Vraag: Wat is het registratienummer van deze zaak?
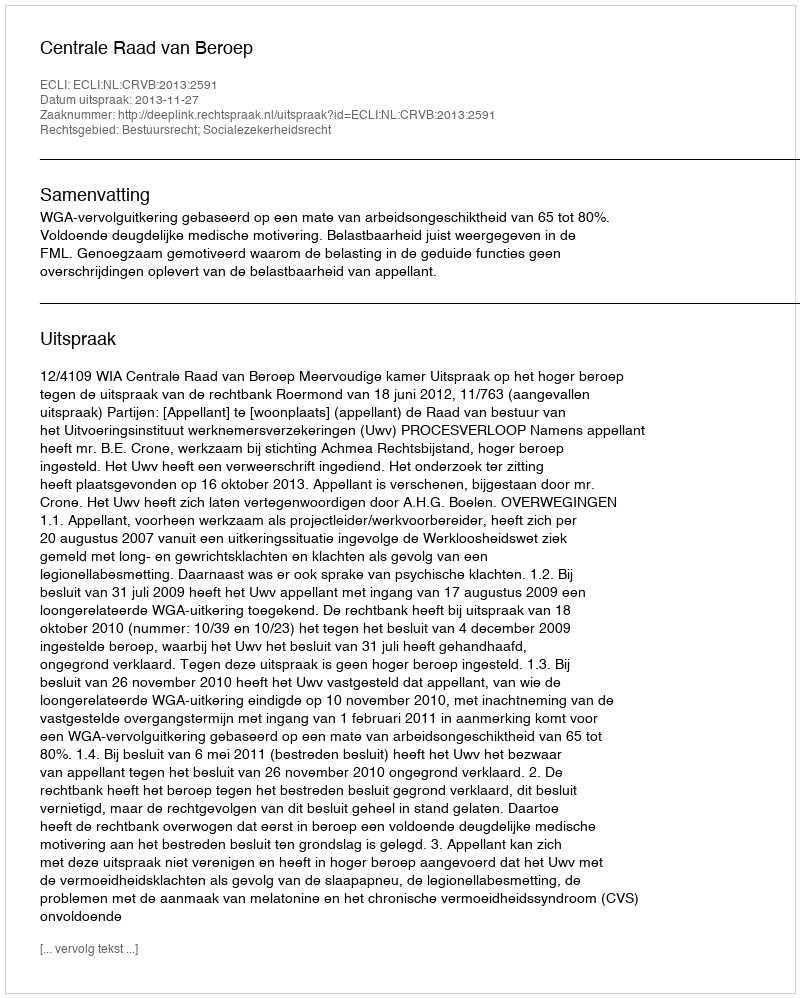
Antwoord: http://deeplink.rechtspraak.nl/uitspraak?id=ECLI:NL:CRVB:2013:2591